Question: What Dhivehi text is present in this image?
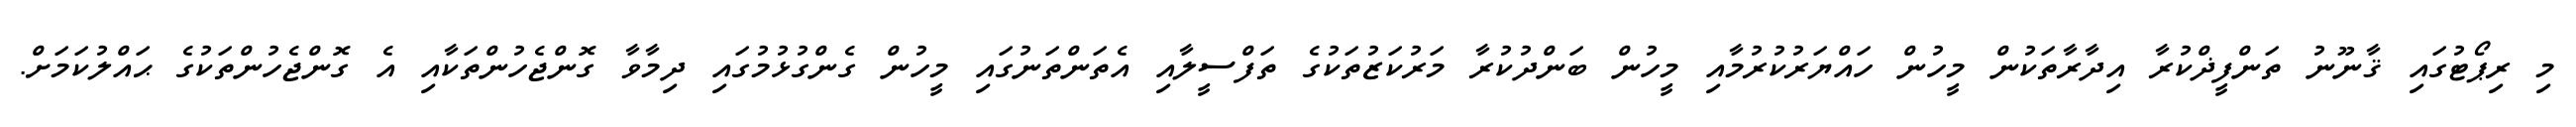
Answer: މި ރިޕޯޓުގައި ޤާނޫނު ތަންފީޛްކުރާ އިދާރާތަކުން މީހުން ހައްޔަރުކުރުމާއި މީހުން ބަންދުކުރާ މަރުކަޒުތަކުގެ ތަފްސީލާއި އެތަންތަނުގައި މީހުން ގެންގުޅުމުގައި ދިމާވާ ގޮންޖެހުންތަކާއި އެ ގޮންޖެހުންތަކުގެ ޙައްލުކަމަށް.